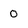
Character: 0